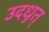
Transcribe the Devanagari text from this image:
उदधुत्